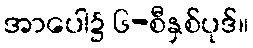
အာပေါ၌ ၆-စီနှစ်ပုဒ်။